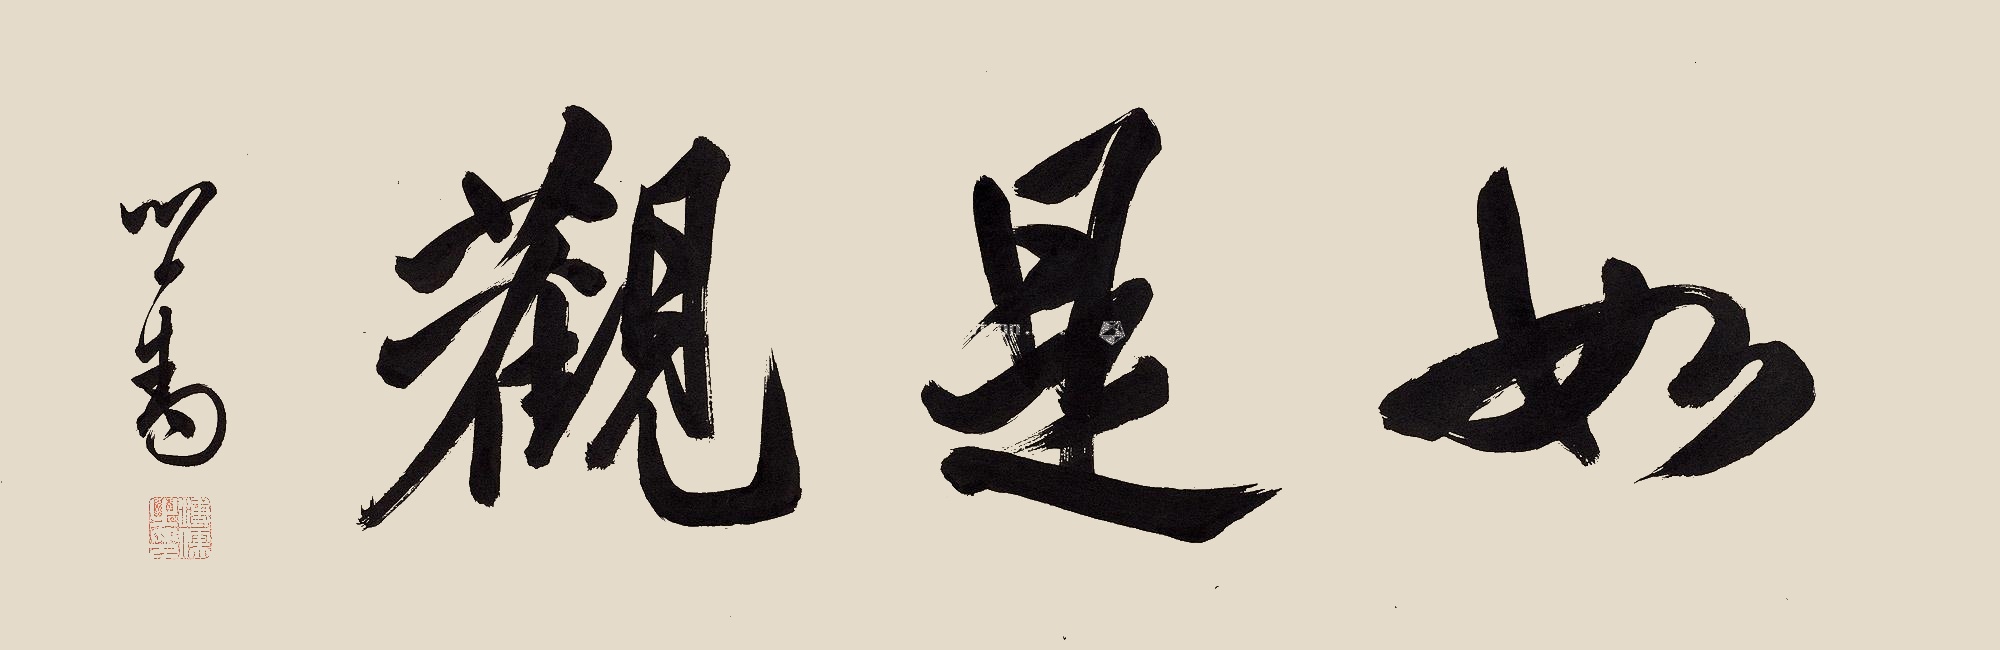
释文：如是观心畬。